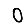
Digit: 0